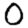
Digit: 0